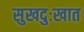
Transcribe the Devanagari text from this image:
सुखदुःखात